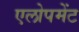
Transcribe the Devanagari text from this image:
एलोपमेंट